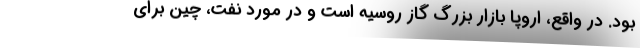
بود. در واقع، اروپا بازار بزرگ گاز روسیه است و در مورد نفت، چین برای